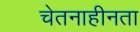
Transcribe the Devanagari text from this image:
चेतनाहीनता